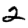
Digit: 2